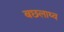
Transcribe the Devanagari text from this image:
बछलाथ्व